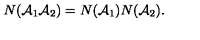
N ( { \cal A } _ { 1 } { \cal A } _ { 2 } ) = N ( { \cal A } _ { 1 } ) N ( { \cal A } _ { 2 } ) .